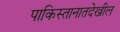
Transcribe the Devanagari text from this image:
पाकिस्तानातदेखील